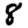
Digit: 8